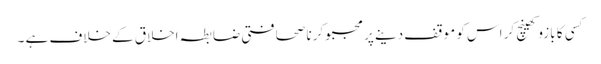
کسی کا بازو کھینچ کر اس کو موقف دینے پر مجبو کرنا صحافتی ضابطہ اخلاق کے خلاف ہے ۔